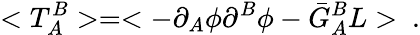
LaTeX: <T_{A}^{B}>=<-\partial_{A}\phi\partial^{B}\phi-\bar{G}_{A}^{B}L>\ .